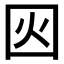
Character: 𡇂